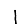
Digit: 1